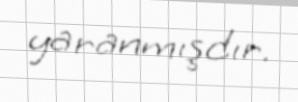
yaranmışdır.